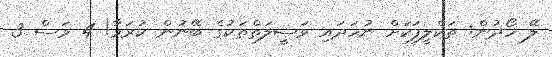
ލޭ ހޯދުން: ތަކްލީފަކަށް ނުހަދައި ވަސީލަތްތަކުގެ ބޭނުން ކުރަމާ! 4 މަސް 3